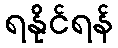
ရနိုင်ရန်